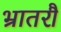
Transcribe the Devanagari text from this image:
भ्रातरौ